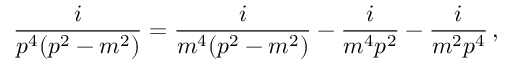
\frac { i } { p ^ { 4 } ( p ^ { 2 } - m ^ { 2 } ) } = \frac { i } { m ^ { 4 } ( p ^ { 2 } - m ^ { 2 } ) } - \frac { i } { m ^ { 4 } p ^ { 2 } } - \frac { i } { m ^ { 2 } p ^ { 4 } } \, ,